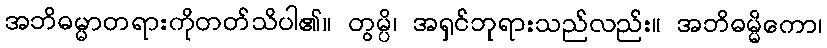
အဘိဓမ္မာတရားကိုတတ်သိပါ၏။ တွမ္ပိ၊ အရှင်ဘုရားသည်လည်း။ အဘိဓမ္မိကော၊